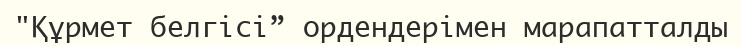
"Құрмет белгісі” ордендерімен марапатталды